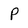
Character: P